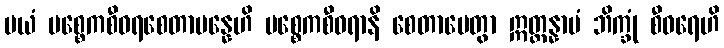
မယံ ပစ္စေကစီဝရစေတာပန္နေဟိ ပစ္စေကစီဝရာနိ စေတာပေတွာ ဣတ္ထန္နာမံ ဘိက္ခုံ စီဝရေဟိ